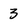
Character: 3